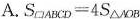
A.$$S _ { ▱ A B C D } = 4 S _ { △ A O B }$$